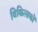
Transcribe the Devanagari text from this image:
विकित्सकों